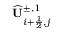
\widehat { \mathbf { U } } _ { i + \frac { 1 } { 2 } , j } ^ { \pm , 1 }